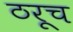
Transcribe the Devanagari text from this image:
ठरूच